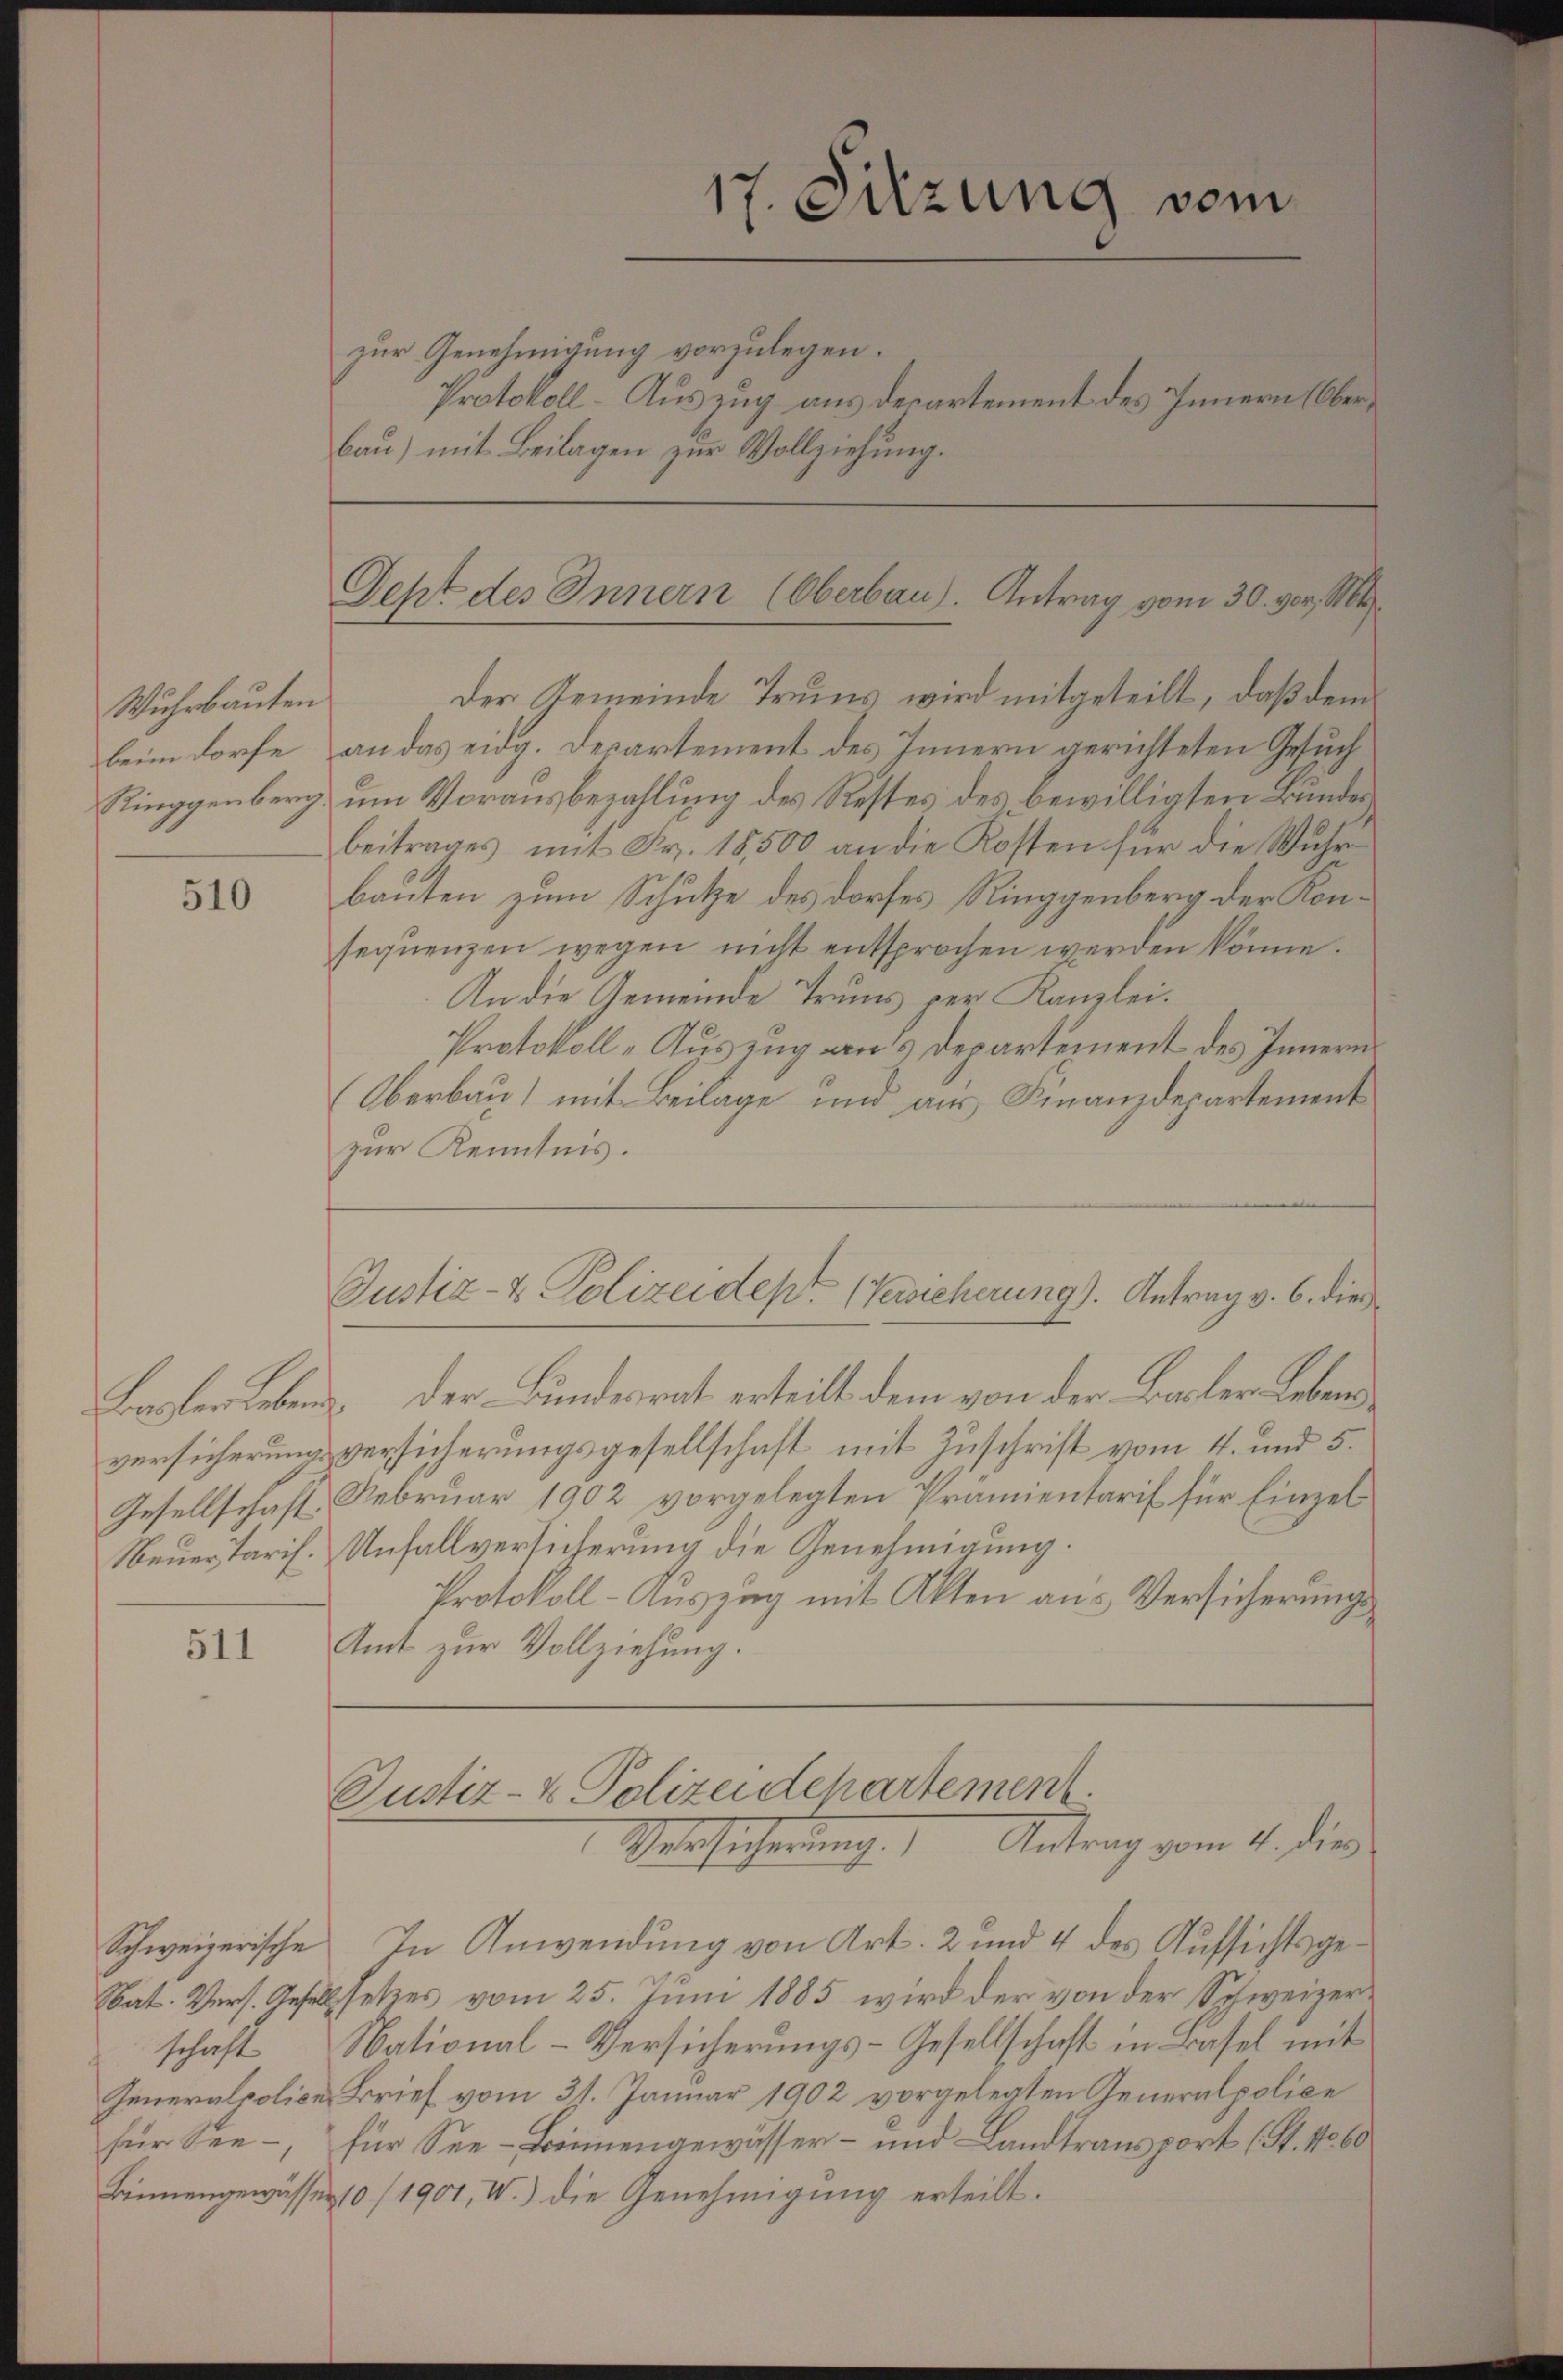
Wuhrbauten
beim dorfe
Ringgenberg

510

511

zur Genehmigung vorzulegen.
Protokoll- Auszug aus derartement des Innern Oberbau) mit Beilagen zur Vollziehung.

s

17. Sitzung vom

Dept des Innern (Oberbau). Antrag vom 30. vor. Mt

Der Gemeinde Truns wird mitgeteilt, daß dem
an das eidg. Departement des Innern gerichteten Gesuch
um Vorausbezahlung des Restes des bewilligten Bundesbeitrages mit Fr. 18,500 an die Kosten für die Wuhrbauten zum Schutze des dorfes Ringgenberg der Konsequenzen wegen nicht entsprochen werden könne.
An die Gemeinde Truns der Kanzlei.
Protokoll-Auszug aus Departement des Innern
Oberbau) mit Beilage und aus Finanzdepartement
zur Kenntnis.
Justiz- & Polizeidept. (Versicherung). Antrag v. 6. dies
Basler leben. Der Bundesrat erteilt dem von der Basler Lebensversicherung versicherungsgesellschaft mit Zuschrift vom 4. und 5.
Gesellschaft, Februar 1902 vorgelegten Prämientarif für Einzel¬
Neuer Tarif. Unfallversicherung die Genehmigung.
Protokoll-Auszug mit Akten aus Versicherungs¬
Amt zur Vollziehung.

Justiz- & Polizeidepartement.
Versicherung.) Antrag vom 4. die

Schweizerische In Anwendung von Art. 2 und 4 des Aufsichtsge¬
Sat. Vers. Gesell setzes vom 25. Juni 1885 wird der von der Schweizerschaft National-Versicherungs-Gesellschaft in Basel mit
Inneralpolice Brief vom 31. Januar 1902 vorgelegten Generalpolice
für See, für See-Bönnengewässer- und Landtransport (St. No 60
Binnengewässer 10 (1901, W.) die Genehmigung erteilt.